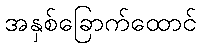
အနှစ်ခြောက်ထောင်